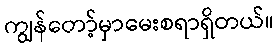
ကျွန်တော့်မှာမေးစရာရှိတယ်။